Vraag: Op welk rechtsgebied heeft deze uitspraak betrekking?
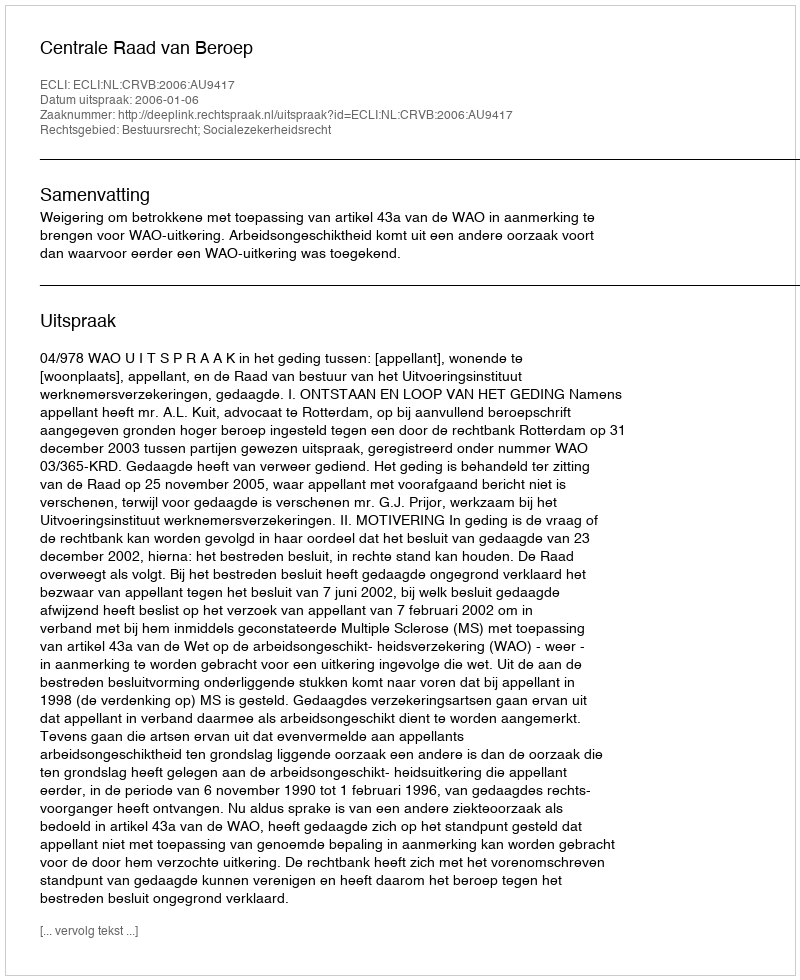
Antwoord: Bestuursrecht; Socialezekerheidsrecht